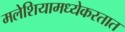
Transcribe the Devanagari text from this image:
मलेशियामध्येकरतात